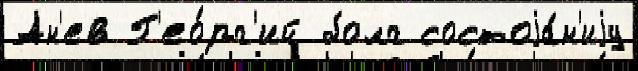
Ан'ев Г'ео́рг'ий болг состоjа́н'иjу